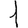
Digit: 1